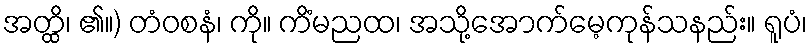
အတ္ထိ၊ ၏။) တံဝစနံ၊ ကို။ ကိံမညထ၊ အသို့အောက်မေ့ကုန်သနည်း။ ရူပံ၊